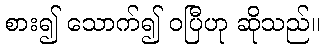
စား၍ သောက်၍ ဝပြီဟု ဆိုသည်။